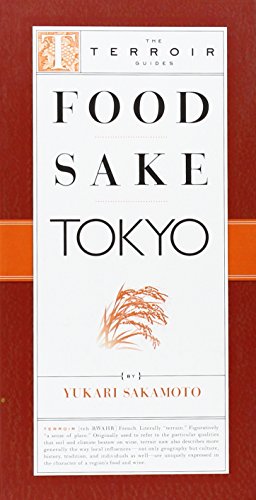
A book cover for Food Sake Tokyo (The Terroir Guides); Yukari Sakamoto; Travel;